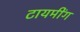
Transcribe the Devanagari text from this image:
टायमींग